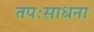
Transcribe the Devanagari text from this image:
तपःसाधना